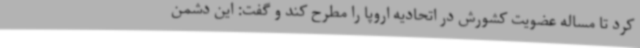
کرد تا مساله عضویت کشورش در اتحادیه اروپا را مطرح کند و گفت: این دشمن